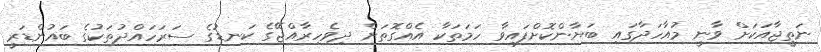
ނަތީޖާއަކަށް ވާނީ މުއާހަދާގައި ބަޔާންކޮށްފައިވާ ހަމަތަކާ އެއްގޮތަށް ދިވެހިރާއްޖޭގެ ކަނޑުގެ ސަރަހައްދުތަކުގެ ބައުންޑަރީ